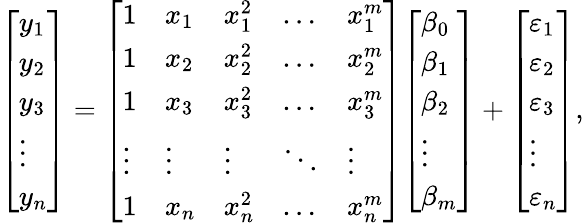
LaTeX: {\left[\begin{array}{l}{y_{1}}\\ {y_{2}}\\ {y_{3}}\\ {\vdots}\\ {y_{n}}\end{array}\right]}={\left[\begin{array}{lllll}{1}&{x_{1}}&{x_{1}^{2}}&{\dots}&{x_{1}^{m}}\\ {1}&{x_{2}}&{x_{2}^{2}}&{\dots}&{x_{2}^{m}}\\ {1}&{x_{3}}&{x_{3}^{2}}&{\dots}&{x_{3}^{m}}\\ {\vdots}&{\vdots}&{\vdots}&{\ddots}&{\vdots}\\ {1}&{x_{n}}&{x_{n}^{2}}&{\dots}&{x_{n}^{m}}\end{array}\right]}{\left[\begin{array}{l}{\beta_{0}}\\ {\beta_{1}}\\ {\beta_{2}}\\ {\vdots}\\ {\beta_{m}}\end{array}\right]}+{\left[\begin{array}{l}{\varepsilon_{1}}\\ {\varepsilon_{2}}\\ {\varepsilon_{3}}\\ {\vdots}\\ {\varepsilon_{n}}\end{array}\right]},